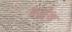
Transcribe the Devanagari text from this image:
हृद्भेद